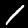
Label: 1